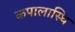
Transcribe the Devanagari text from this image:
कपालास्थि